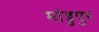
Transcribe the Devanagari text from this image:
मांडुपुर